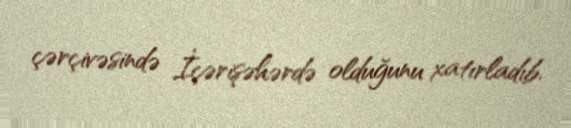
çərçivəsində İçərişəhərdə olduğunu xatırladıb.